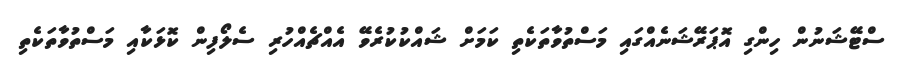
ސްޓޭޝަނުން ހިންގި އޮޕަރޭޝަނެއްގައި މަސްތުވާތަކެތި ކަމަށް ޝައްކުކުރެވޭ އެއްޗެއްހުރި ސެލޯފިން ކޮޅަކާއި މަސްތުވާތަކެތި